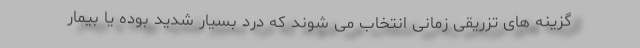
گزینه های تزریقی زمانی انتخاب می شوند که درد بسیار شدید بوده یا بیمار